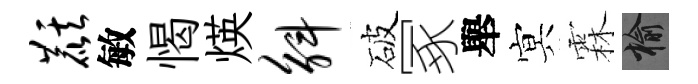
麒敏愒煐斛破冢舉㝠霖榆